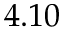
4 . 1 0